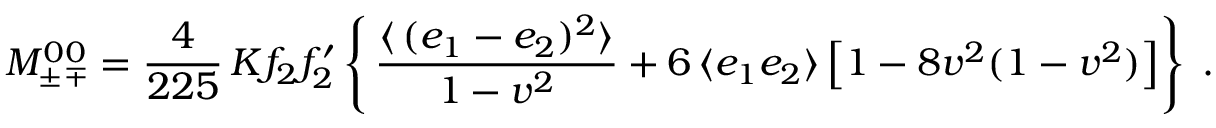
{ \cal M } _ { \pm \: \! \, \! \mp } ^ { 0 \: \! 0 } = \frac { 4 } { 2 2 5 } \, K f _ { 2 } f _ { 2 } ^ { \prime } \left\{ \, \frac { \langle \, ( e _ { 1 } - e _ { 2 } ) ^ { 2 } \rangle } { 1 - v ^ { 2 } } + 6 \, \langle e _ { 1 } e _ { 2 } \rangle \left[ 1 - 8 v ^ { 2 } ( 1 - v ^ { 2 } ) \right] \right\} \; .